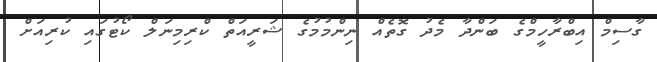
ގާސިމް އިބްރާހީމްގެ ބަންދާ މެދު ގޮތެއް ނިންމުމުގެ ޝަރީއަތް ކްރިމިނަލް ކޯޓުގައި ކުރިއަށް